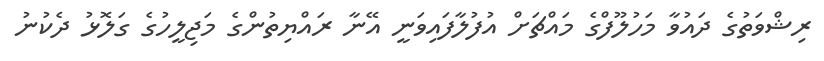
ރިޝްވަތުގެ ދައުވާ މަހުލޫފްގެ މައްޗަށް އުފުލާފައިވަނީ އޭނާ ރައްޔިތުންގެ މަޖިލީހުގެ ގަލޮޅު ދެކުނު